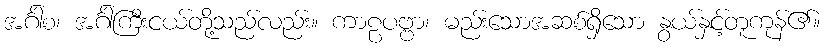
အင်္ဂါစ၊ အင်္ဂါကြီးငယ်တို့သည်လည်း။ ကာဠပဗ္ဗာ၊ မည်းသောအဆစ်ရှိသော နွယ်နှင့်တူကုန်၏။